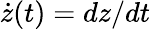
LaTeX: \dot{z}(t)=dz/dt